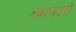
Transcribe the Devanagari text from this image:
छापतो